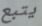
يتبع